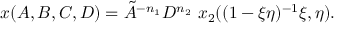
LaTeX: x ( A , B , C , D ) = \tilde { A } ^ { - n _ { 1 } } D ^ { n _ { 2 } } \ x _ { 2 } ( ( 1 - \xi \eta ) ^ { - 1 } \xi , \eta ) .